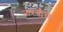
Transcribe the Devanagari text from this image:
नारंगीच्या